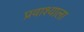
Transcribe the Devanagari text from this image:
प्रवाश्याला